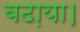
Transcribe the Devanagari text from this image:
बढा़या।